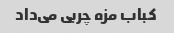
کباب مزه چربی می‌داد